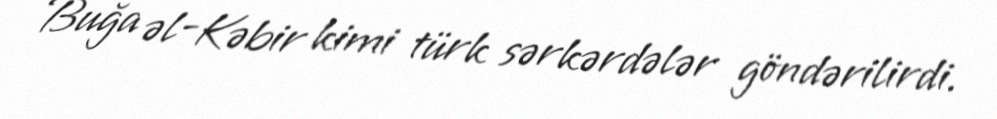
Buğa əl-Kəbir kimi türk sərkərdələr göndərilirdi.